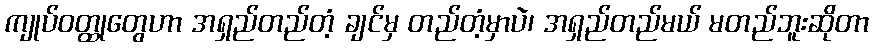
ကျုပ်ဝတ္ထုတွေဟာ အရှည်တည်တံ့ ချင်မှ တည်တံ့မှာပဲ၊ အရှည်တည်မယ် မတည်ဘူးဆိုတာ